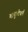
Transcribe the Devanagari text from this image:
बाबुलीधर्म